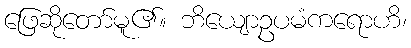
ဖြေဆိုတော်မူ၏။ ဘိယျောဥပမံကရောဟိ၊